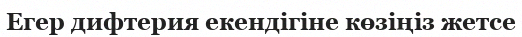
Егер дифтерия екендігіне көзіңіз жетсе